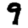
Digit: 9